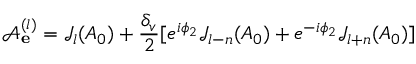
\mathcal { A } _ { \bf e } ^ { ( l ) } = \mathcal { J } _ { l } ( A _ { 0 } ) + \frac { \delta _ { v } } { 2 } [ e ^ { i \phi _ { 2 } } \mathcal { J } _ { l - n } ( A _ { 0 } ) + e ^ { - i \phi _ { 2 } } \mathcal { J } _ { l + n } ( A _ { 0 } ) ]